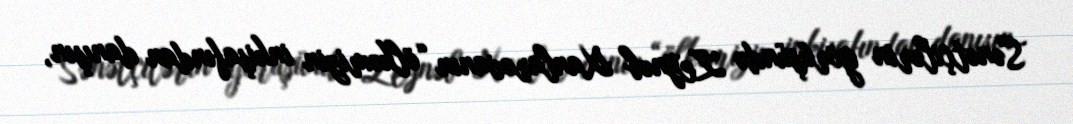
Sənətçilərin görüşündə Zeynəb Xanlarovanın “ölkəmizin inkişafından danışın,